Jaan_Tonisson_(Lasteleht), lk 289
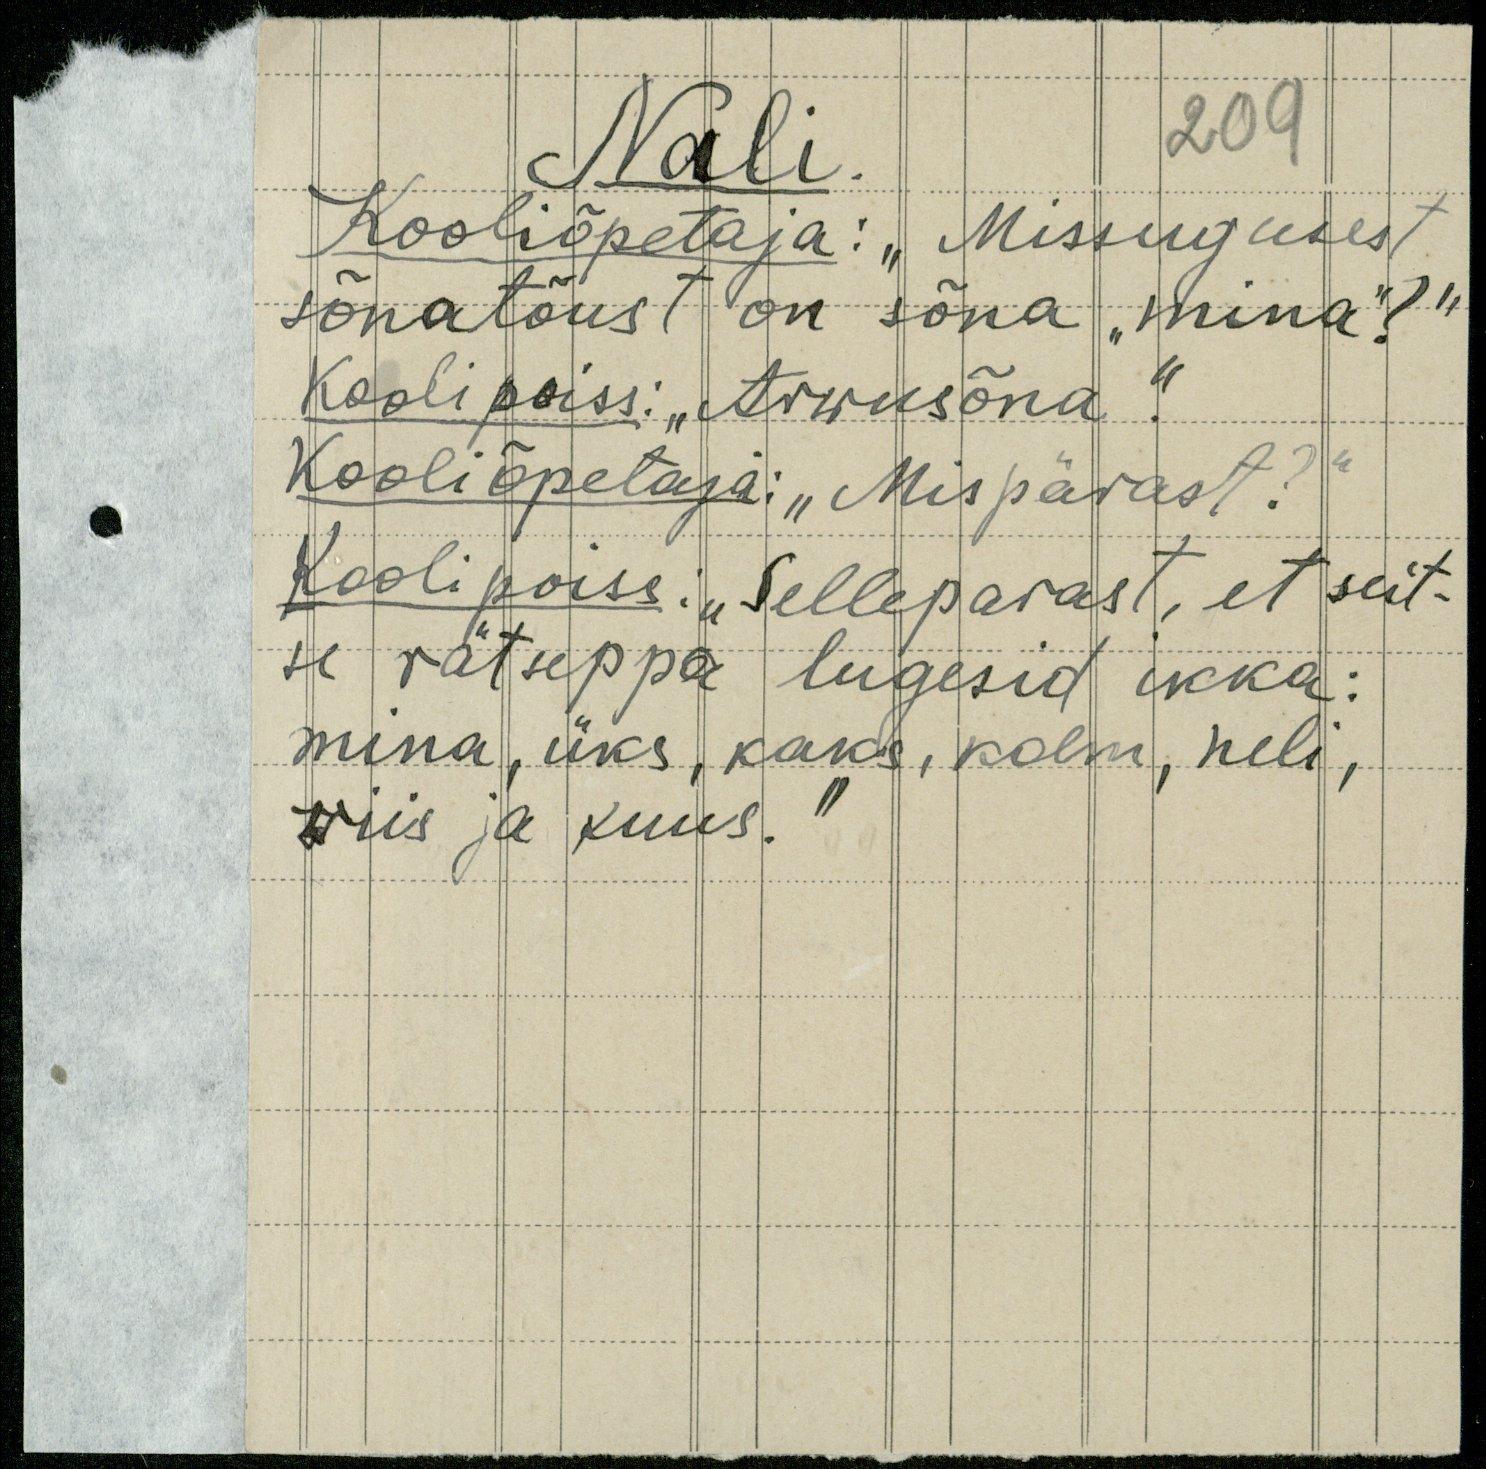
Näli
209
Kooliõpetaja: "Missugusest
sõnatõust on sõna "mina?"
Kooli poiss: "Arwusõna"
Kooliõpetaja: "Mispärast?"
Kooli poiss: "Selleparast, et seit-
se rätseppa lugesid ikka:
mina, üks, kaks, kolm, neli,
wiis ja kuus.“